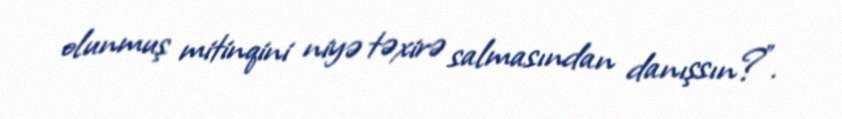
olunmuş mitinqini niyə təxirə salmasından danışsın?”.